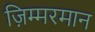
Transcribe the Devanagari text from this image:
ज़िम्मरमान